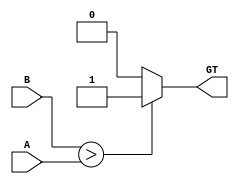
`timescale 1ns / 1ps
module CMP1(input [31:0] A, B, output reg GT);
always @(*)
begin
if(B>A)
GT= 1;
else
GT= 0;
end
endmodule